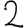
Digit: 2